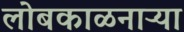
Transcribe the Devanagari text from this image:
लोबकाळनाऱ्या